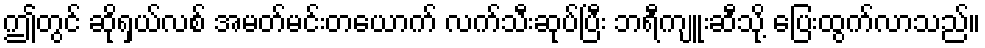
ဤတွင် ဆိုရှယ်လစ် အမတ်မင်းတယောက် လက်သီးဆုပ်ပြီး ဘရီကျူးဆီသို့ ပြေးထွက်လာသည်။